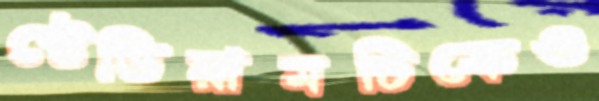
স্টেডিয়ামটিকেও